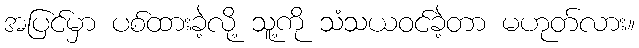
အပြင်မှာ ပစ်ထားခဲ့လို့ သူ့ကို သံသယဝင်ခဲ့တာ မဟုတ်လား။